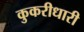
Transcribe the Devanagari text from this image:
कुकरीधारी